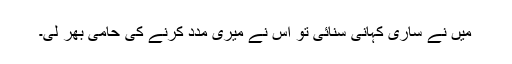
میں نے ساری کہانی سنائی تو اس نے میری مدد کرنے کی حامی بھر لی۔